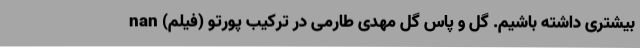
بیشتری داشته باشیم. گل و پاس گل مهدی طارمی در ترکیب پورتو (فیلم) nan